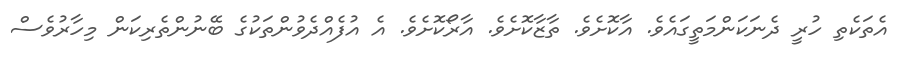
އެތަކެތި ހުރީ ދެނަކަންމަތީގައެވެ. އާކޮށެވެ. ތާޒާކޮށެވެ. އާރޯކޮށެވެ. އެ އުފެއްދެވުންތަކުގެ ބޭނުންތެރިކަން މިހާރުވެސް